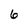
Character: 6